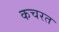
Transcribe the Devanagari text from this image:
कचरत